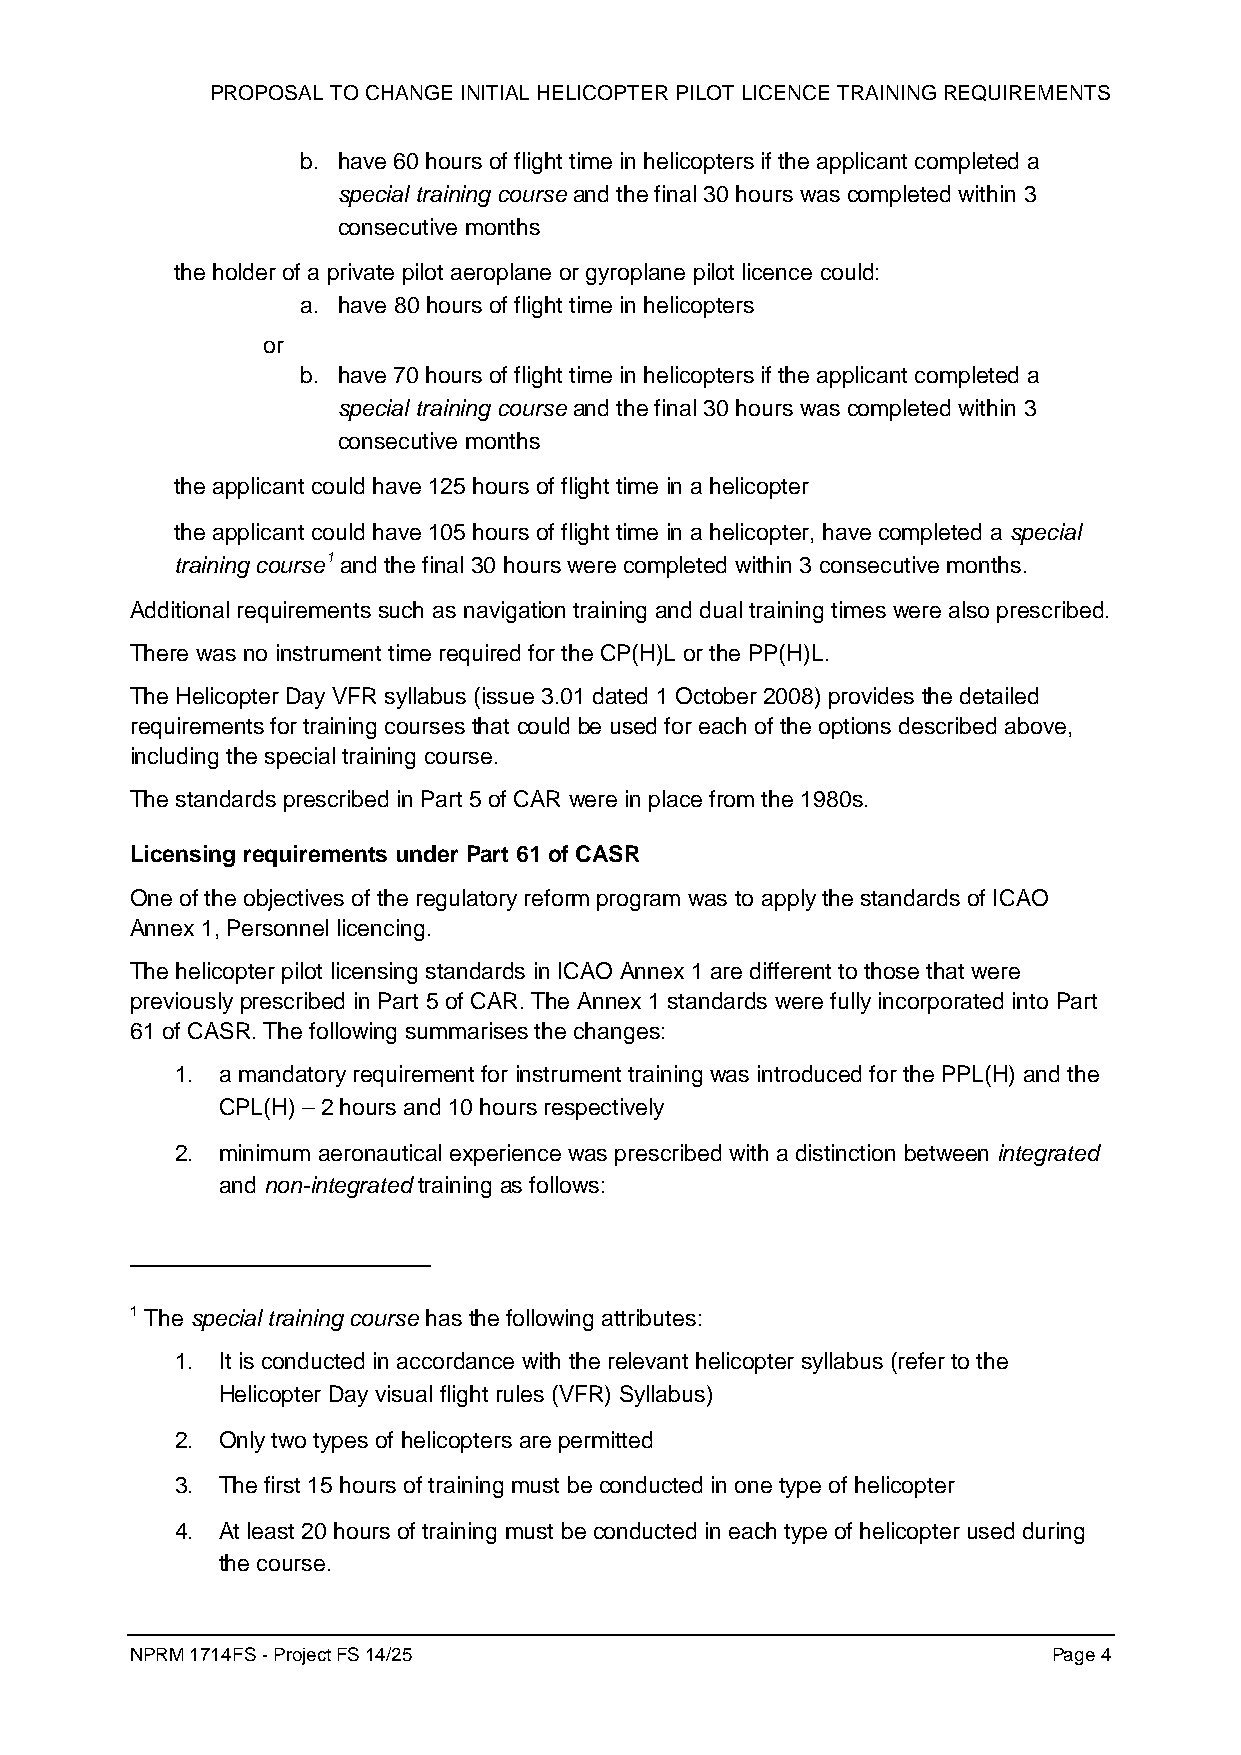
PROPOSAL TO CHANGE INITIAL HELICOPTER PILOT LICENCE TRAINING REQUIREMENTS
 b. have 60 hours of flight time in helicopters if the applicant completed a
 special training course and the final 30 hours was completed within 3
 consecutive months
 the holder of a private pilot aeroplane or gyroplane pilot licence could:
 a. have 80 hours of flight time in helicopters
 or
 b. have 70 hours of flight time in helicopters if the applicant completed a
 special training course and the final 30 hours was completed within 3
 consecutive months
 the applicant could have 125 hours of flight time in a helicopter
 the applicant could have 105 hours of flight time in a helicopter, have completed a special
 training course1 and the final 30 hours were completed within 3 consecutive months.
 Additional requirements such as navigation training and dual training times were also prescribed.
 There was no instrument time required for the CP(H)L or the PP(H)L.
 The Helicopter Day VFR syllabus (issue 3.01 dated 1 October 2008) provides the detailed
 requirements for training courses that could be used for each of the options described above,
 including the special training course.
 The standards prescribed in Part 5 of CAR were in place from the 1980s.
 Licensing requirements under Part 61 of CASR
 One of the objectives of the regulatory reform program was to apply the standards of ICAO
 Annex 1, Personnel licencing.
 The helicopter pilot licensing standards in ICAO Annex 1 are different to those that were
 previously prescribed in Part 5 of CAR. The Annex 1 standards were fully incorporated into Part
 61 of CASR. The following summarises the changes:
 1. a mandatory requirement for instrument training was introduced for the PPL(H) and the
 CPL(H) – 2 hours and 10 hours respectively
 2. minimum aeronautical experience was prescribed with a distinction between integrated
 and non-integrated training as follows:
 1 The special training course has the following attributes:
 1. It is conducted in accordance with the relevant helicopter syllabus (refer to the
 Helicopter Day visual flight rules (VFR) Syllabus)
 2. Only two types of helicopters are permitted
 3. The first 15 hours of training must be conducted in one type of helicopter
 4. At least 20 hours of training must be conducted in each type of helicopter used during
 the course.
 NPRM 1714FS - Project FS 14/25                               Page 4